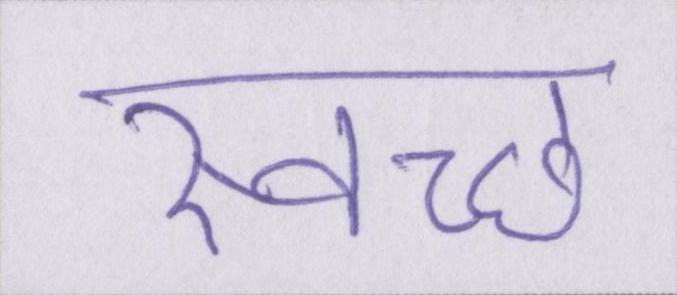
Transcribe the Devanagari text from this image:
स्वच्छ